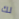
لك